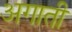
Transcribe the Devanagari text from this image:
अगाती